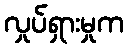
လှုပ်ရှားမှုက